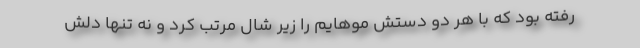
رفته بود که با هر دو دستش موهایم را زیر شال مرتب کرد و نه تنها دلش